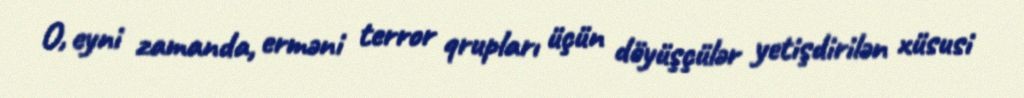
O, eyni zamanda, erməni terror qrupları üçün döyüşçülər yetişdirilən xüsusi